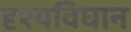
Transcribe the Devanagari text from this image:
दृश्यविघान